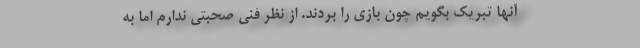
آنها تبریک بگویم چون بازی را بردند. از نظر فنی صحبتی ندارم اما به